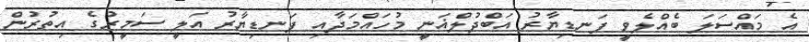
އެ މައްސަލަ ބެއްލެވީ ފަނޑިޔާރު އަބްދުލްޣަނީ މުހައްމަދާއި ފަނޑިޔާރު އަލީ ސަމީރުގެ އިތުރުން